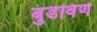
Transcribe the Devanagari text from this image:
बुडविणे